Indian journal of veterinary science and animal husbandry - Volume 8,
Year: 1938
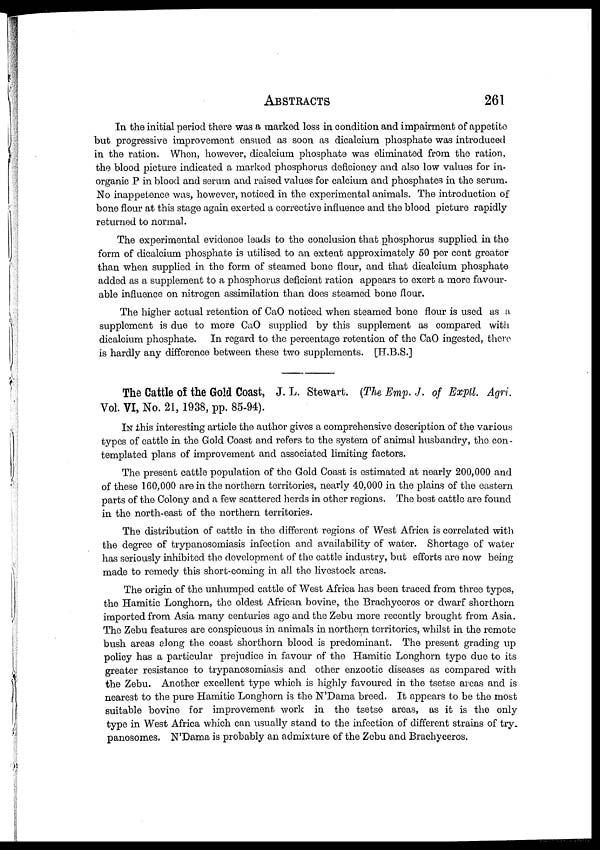
ABSTRACTS
261
In the initial period there was a marked loss in condition and impairment of appetite
but progressive improvement ensued as soon as dicalcium phosphate was introduced
in the ration. When, however, dicalcium phosphate was eliminated from the ration,
the blood picture indicated a marked phosphorus deficiency and also low values for in-
organic P in blood and serum and raised values for calcium and phosphates in the serum.
No inappetence was, however, noticed in the experimental animals. The introduction of
bone flour at this stage again exerted a corrective influence and the blood picture rapidly
returned to normal.
The experimental evidence leads to the conclusion that phosphorus supplied in the
form of dicalcium phosphate is utilised to an extent approximately 50 per cent greater
than when supplied in the form of steamed bone flour, and that dicalcium phosphate
added as a supplement to a phosphorus deficient ration appears to exert a more favour-
able influence on nitrogen assimilation than does steamed bone flour.
The higher actual retention of CaO noticed when steamed bone flour is used as a
supplement is due to more CaO supplied by this supplement as compared with
dicalcium phosphate. In regard to the percentage retention of the CaO ingested, there
is hardly any difference between these two supplements. [H.B.S.]
The Cattle of the Gold Coast, J. L. Stewart. (The Emp. J. of Exptl. Agri.
Vol. VI, No. 21, 1938, pp. 85-94).
IN this interesting article the author gives a comprehensive description of the various
types of cattle in the Gold Coast and refers to the system of animal husbandry, the con-
templated plans of improvement and associated limiting factors.
The present cattle population of the Gold Coast is estimated at nearly 200,000 and
of these 160,000 are in the northern territories, nearly 40,000 in the plains of the eastern
parts of the Colony and a few scattered herds in other regions. The best cattle are found
in the north-east of the northern territories.
The distribution of cattle in the different regions of West Africa is correlated with
the degree of trypanosomiasis infection and availability of water. Shortage of water
has seriously inhibited the development of the cattle industry, but efforts are now being
made to remedy this short-coming in all the livestock areas.
The origin of the unhumped cattle of West Africa has been traced from three types,
the Hamitic Longhorn, the oldest African bovine, the Brachyceros or dwarf shorthorn
imported from Asia many centuries ago and the Zebu more recently brought from Asia.
The Zebu features are conspicuous in animals in northern territories, whilst in the remote
bush areas along the coast shorthorn blood is predominant. The present grading up
policy has a particular prejudice in favour of the Hamitic Longhorn type due to its
greater resistance to trypanosomiasis and other enzootic diseases as compared with
the Zebu. Another excellent type which is highly favoured in the tsetse areas and is
nearest to the pure Hamitic Longhorn is the N'Dama breed. It appears to be the most
suitable bovine for improvement work in the tsetse areas, as it is the only
type in West Africa which can usually stand to the infection of different strains of try-
panosomes. N'Dama is probably an admixture of the Zebu and Brachyceros.